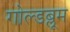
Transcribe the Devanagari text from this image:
गोल्डब्लूम